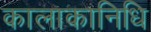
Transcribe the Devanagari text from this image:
कालाकानिधि